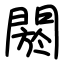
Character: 閼